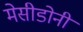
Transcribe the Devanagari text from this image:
मेसीडोनी